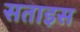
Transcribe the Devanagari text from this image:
सताइस